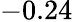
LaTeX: -0.24